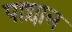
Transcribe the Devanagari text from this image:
पान्चाल